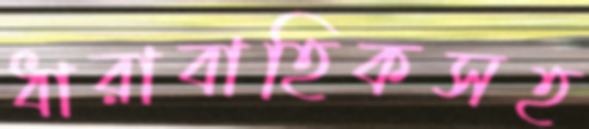
ধারাবাহিকসহ